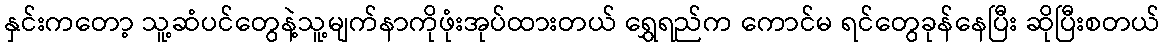
နှင်းကတော့ သူ့ဆံပင်တွေနဲ့သူ့မျက်နာကိုဖုံးအုပ်ထားတယ် ရွှေရည်က ကောင်မ ရင်တွေခုန်နေပြီး ဆိုပြီးစတယ်